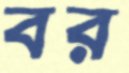
বর